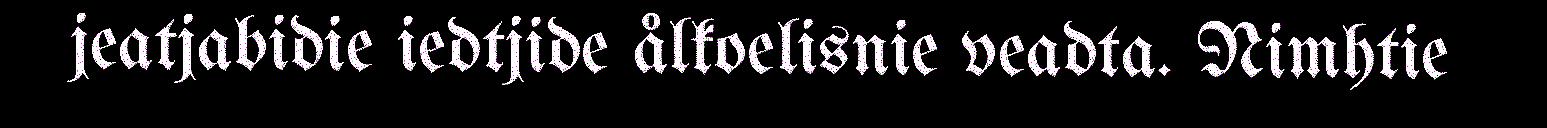
jeatjabidie iedtjide ålkoelisnie veadta. Nimhtie